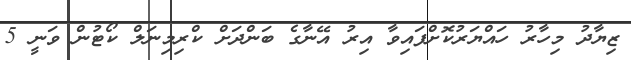
ޒިޔާދު މިހާރު ހައްޔަރުކޮށްފައިވާ އިރު އޭނާގެ ބަންދަށް ކްރިމިނަލް ކޯޓުން ވަނީ 5